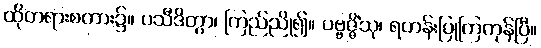
ထိုတရားစကား၌။ ပသီဒိတွာ၊ ကြည်ညို၍။ ပဗ္ဗဇ္ဇိံသု၊ ရဟန်းပြုကြကုန်ပြီ။